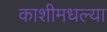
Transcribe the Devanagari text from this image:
काशीमधल्या